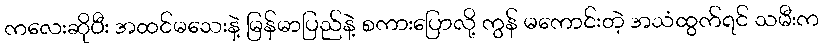
ကလေးဆိုပီး အထင်မသေးနဲ့ မြန်မာပြည်နဲ့ စကားပြောလို့ ကွန် မကောင်းတဲ့ အသံထွက်ရင် သမီးက